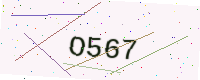
Text: O567